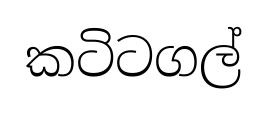
කටිටගල්